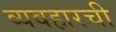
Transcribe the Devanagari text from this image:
व्यवहारची